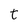
Character: t